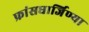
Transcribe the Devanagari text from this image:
फ्रांसधार्जिण्या